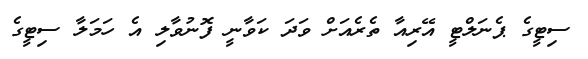
ސިޓީގެ ޕެނަލްޓީ އޭރިއާ ތެރެއަށް ވަދަ ކަވާނީ ފޮނުވާލި އެ ހަމަލާ ސިޓީގެ